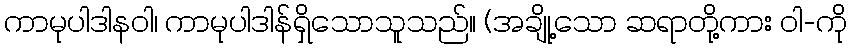
ကာမုပါဒါနဝါ၊ ကာမုပါဒါန်ရှိသောသူသည်။ (အချို့သော ဆရာတို့ကား ဝါ-ကို